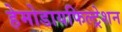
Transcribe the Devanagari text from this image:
हेमोडायफिल्ट्रेशन